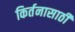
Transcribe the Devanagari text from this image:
किर्तनासाठी